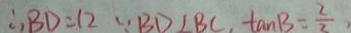
\therefore B D = 1 2 \because B D \bot B C , \tan B = \frac { 2 } { 3 } ,